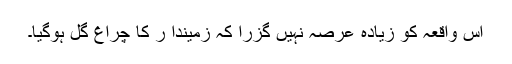
اس واقعہ کو زیادہ عرصہ نہیں گزرا کہ زمیندا ر کا چراغ گل ہوگیا۔